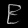
Digit: ၉